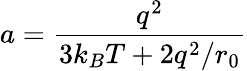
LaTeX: a=\frac{q^{2}}{3k_{B}T+2q^{2}/r_{0}}